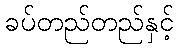
ခပ်တည်တည်နှင့်